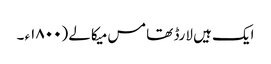
ایک ہیں لارڈ تھامس میکالے (۱۸٠٠ء ۔